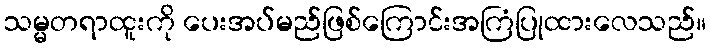
သမ္မတရာထူးကို ပေးအပ်မည်ဖြစ်ကြောင်းအကြံပြုထားလေသည်။